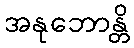
အနုဘောန္တိ